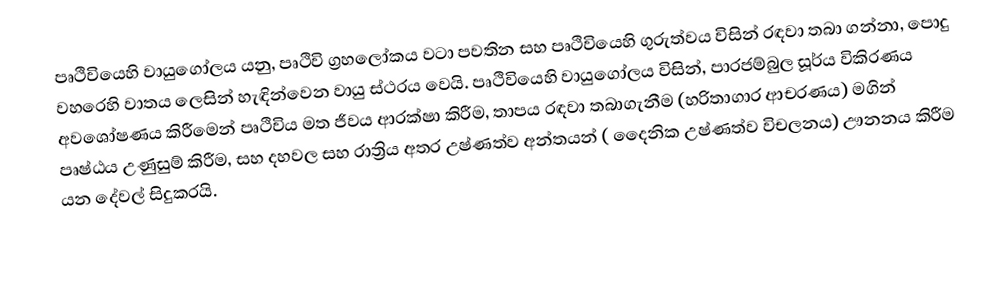
පෘථිවියෙහි වායුගෝලය යනු,  පෘථිවි ග්‍රහලෝකය වටා පවතින සහ පෘථිවියෙහි ගුරුත්වය විසින් රඳවා තබා ගන්නා,  පොදු වහරෙහි වාතය ලෙසින් හැඳින්වෙන  වායු ස්ථරය වෙයි. පෘථිවියෙහි වායුගෝලය විසින්, පාරජම්බුල සූර්ය විකිරණය අවශෝෂණය කිරීමෙන් පෘථිවිය මත ජීවය ආරක්ෂා කිරීම, තාපය රඳවා තබාගැනීම (හරිතාගාර ආචරණය) මගින් පෘෂ්ඨය උණුසුම් කිරීම, සහ දහවල සහ රාත්‍රිය අතර උෂ්ණත්ව අන්තයන් ( දෛනික උෂ්ණත්ව විචලනය) ඌනනය කිරීම යන දේවල් සිදුකරයි.